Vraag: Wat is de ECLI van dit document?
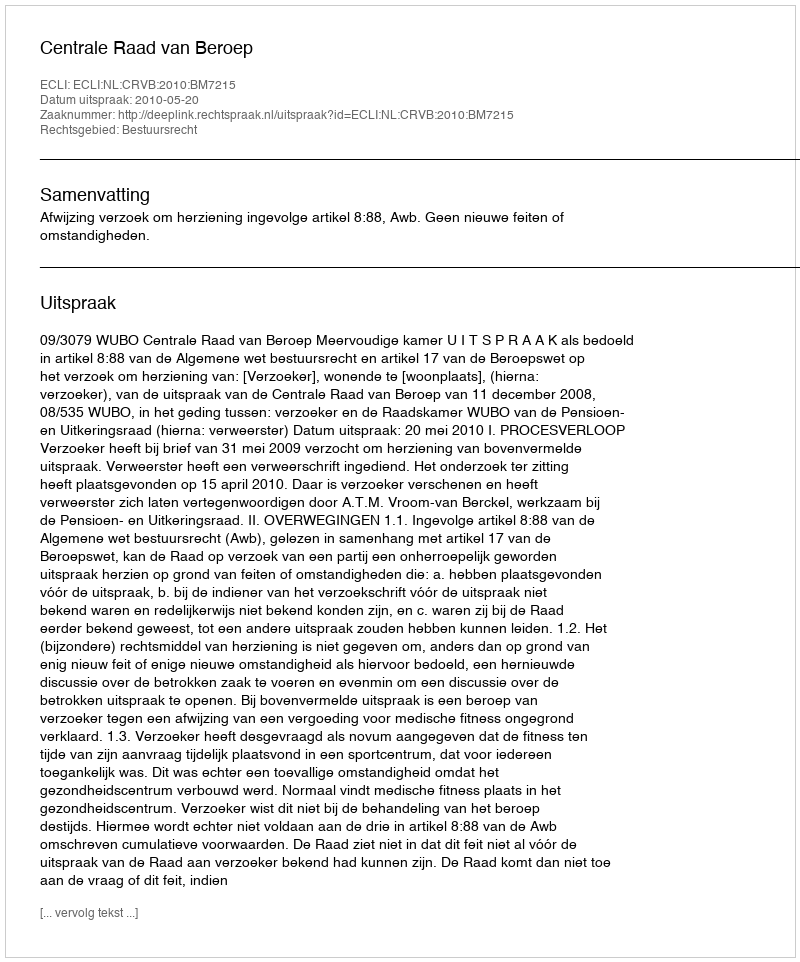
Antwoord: ECLI:NL:CRVB:2010:BM7215